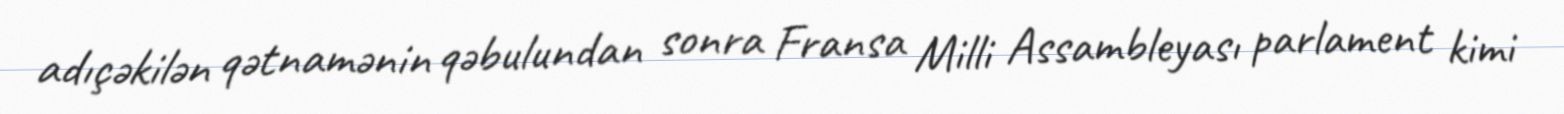
adıçəkilən qətnamənin qəbulundan sonra Fransa Milli Assambleyası parlament kimi